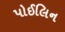
પોઈલિન